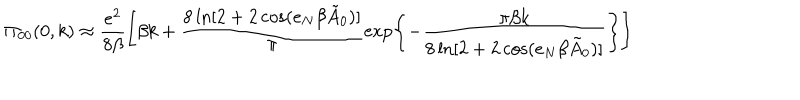
\Pi _ { 0 0 } ( 0 , k ) \approx \frac { e ^ { 2 } } { 8 \beta } \left[ \beta k + \frac { 8 \ln [ 2 + 2 \cos ( e _ { N } \beta \tilde { A } _ { 0 } ) ] } { \pi } \exp \left\{ { - \frac { \pi \beta k } { 8 \ln [ 2 + 2 \cos ( e _ { N } \beta \tilde { A } _ { 0 } ) ] } } \right\} \right]